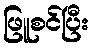
ဖြူစင်ပြီး